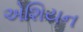
એશિયન